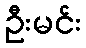
ဦးမင်း